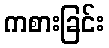
ကစားခြင်း